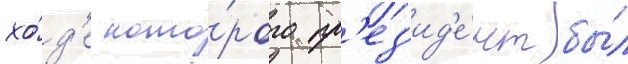
хо́д'е кото́рого пр'ез'ид'е́нт бы́л